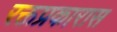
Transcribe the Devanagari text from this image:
रक्तप्रकारास